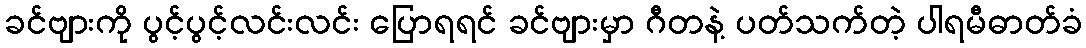
ခင်ဗျားကို ပွင့်ပွင့်လင်းလင်း ပြောရရင် ခင်ဗျားမှာ ဂီတနဲ့ ပတ်သက်တဲ့ ပါရမီဓာတ်ခံ